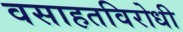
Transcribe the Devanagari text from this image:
वसाहतविरोधी